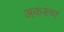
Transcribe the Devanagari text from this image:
अकरुण